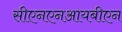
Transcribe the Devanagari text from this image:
सीएनएनआयबीएन